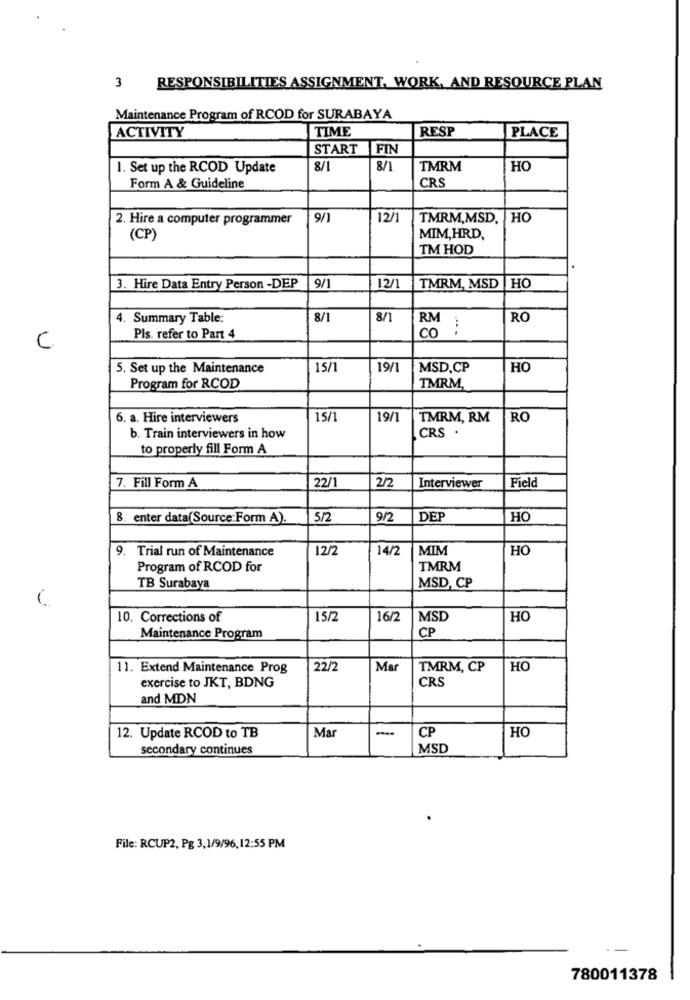
3
RESPONSIBILITIES ASSIGNMENT, WORK, AND RESOURCE PLAN
Maintenance Program of RCOD for SURABAYA
TIME
RESP
PLACE
ACTIVITY
START
FIN
1. Set up the RCOD Update
8/1
8/1
TMRM
HO
CRS
Form A & Guideline
2. Hire a computer programmer
9/1
12/1
TMRM,MSD, HO
(CP)
MIM,HRD,
TM HOD
3. Hire Data Entry Person -DEP
9/1
12/1
TMRM, MSD |HO
4. Summary Table:
8/1
8/1
RM
RO
....
Pls. refer to Part 4
co
C
5. Set up the Maintenance
15/1
19/1
MSD,CP
HC
Program for RCOD
TMRM
6. a. Hire interviewers
15/1
19/1
TMRM, RM
RO
b. Train interviewers in how
CRS .
to properly fill Form A
2/2
7. Fill Form A
22/1
Interviewer
Field
8. enter data(Source:Form A).
5/2
9/2
DEP
HO
9. Trial run of Maintenance
12/2
14/2
MIM
HO
Program of RCOD for
TMRM
TB Surabaya
MSD, CP
-
10. Corrections of
15/2
16/2
MSD
HO
CP
Maintenance Program
11. Extend Maintenance Prog
22/2
Mar
TMRM, CP
HO
CRS
exercise to JKT, BDNG
and MDN
Mar
-
CP
HO
12. Update RCOD to TB
secondary continues
MSD
File: RCUP2, Pg 3,1/9/96, 12:55 PM
780011378